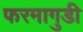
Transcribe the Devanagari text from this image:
फरमागुडी